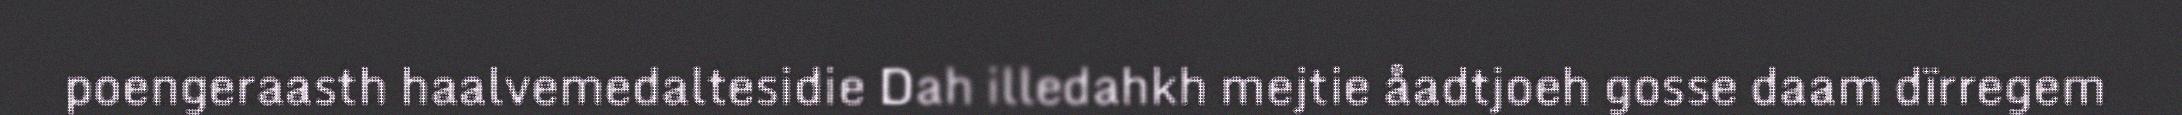
poengeraasth haalvemedaltesidie Dah illedahkh mejtie åadtjoeh gosse daam dïrregem